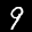
Digit: 9